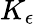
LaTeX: K_{\epsilon}